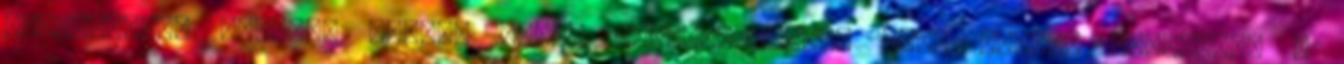
szerelmesei számára számít igazi paradicsomnak. Déli részén található a